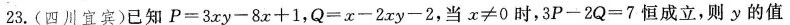
23.(四川宜宾)已知$$P = 3 x y - 8 x + 1$$，$$Q = x - 2 x y - 2$$，当x≠0时，$$3 P - 2 Q = 7$$恒成立，则y的值